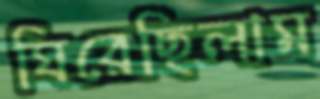
ঘিরেছিলাম